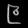
Digit: ၉